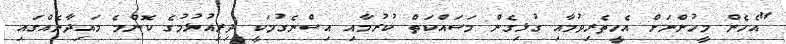
"އެހެން މީހުންނަށް އެހީތެރިވުމާއި ގުޅިގެން މަސައްކަތް ކުރުމާއި އިސްނެގުމަކީ ދިރިއުޅުމުގެ ކޮންމެ މައިދާނެއްގައި